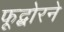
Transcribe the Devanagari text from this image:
फूद्बोरने